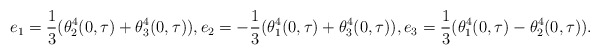
\begin{align*}e_{1}=\frac {1}{3}(\theta_{2}^{4}(0,\tau)+\theta_{3}^{4}(0,\tau)),e_{2}=- \frac {1}{3}(\theta_{1}^{4}(0,\tau)+\theta_{3}^{4}(0,\tau)),e_{3}=\frac {1}{3}(\theta_{1}^{4}(0,\tau)-\theta_{2}^{4}(0,\tau)).\end{align*}